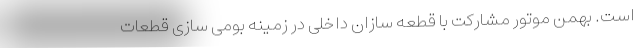
است. بهمن موتور مشارکت با قطعه سازان داخلی در زمینه بومی سازی قطعات